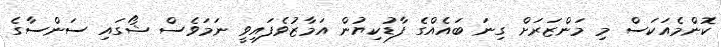
ކޮންމެއަކަސް މި މަންޒަރަށް ގިނަ ބައެއްގެ ފާޑުކިޔުން އަމާޒުވެފައިވީ ނަމަވެސް ޝޯގައި ސަންސާގެ